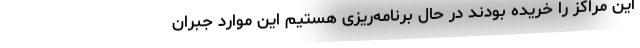
این مراکز را خریده بودند در حال برنامه‌ریزی هستیم این موارد جبران